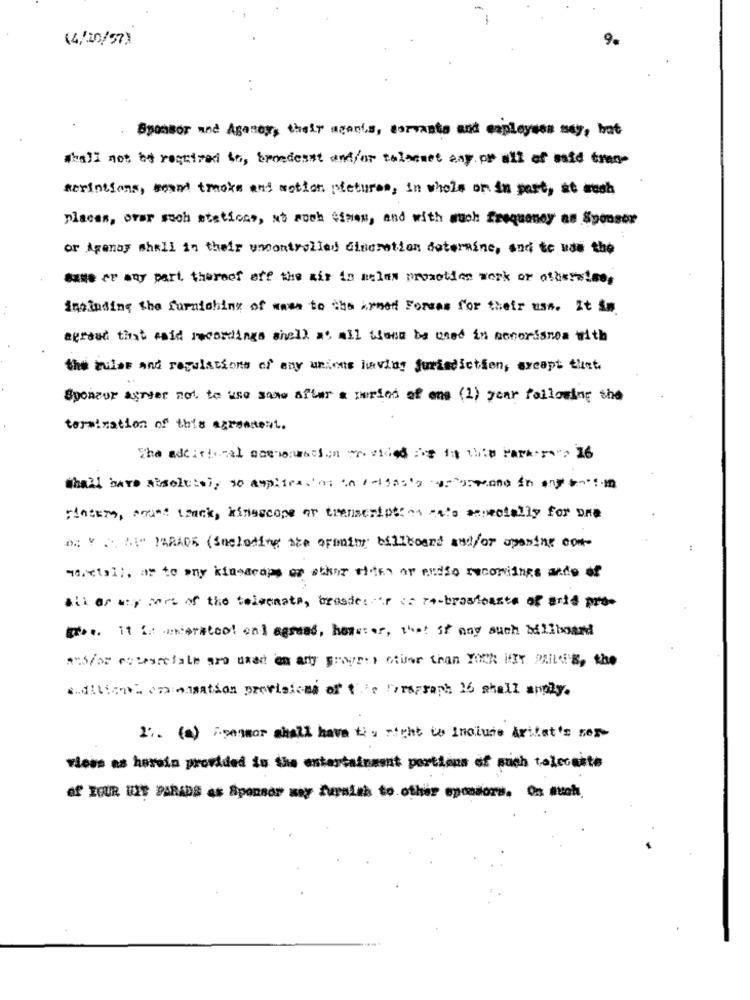
(4/20/57)
9.
Sponsor and Agenor, their agents, corrants and employees may, but
shall not be required to, Erredesst and/or taleenet any or all of mid traq-
serintions, meand tracks and motion pictures, in whole or in part, at wash
placas, orar such stations, No soch times, and with much frequency as Sponsor
or Agenay shell in their uncontrolled dinemotion determine, and to use the
Same er may part thereof off the air in nelen promotion work or otherwise,
Ineinding the furnishing of wass to the armed Formas for their uss. It sa.
egraad that said recordings shell at all those be used in menorisnos with
the rules and regulations of any unions laviny jurisdiction, except thet.
Syonzur agryer not. to use same after a period of ene (1) year following the
termination of this agreement.
The additional mammonmacion - sided De 18 1000 PARA5. 26
shall have absolutely no applications in /eliaslossomeone in any m
vinter, snart thank, kinescope or transcription calo aspecially for Dre
OR VA A MRAOS (Including the orinim; billboard and/or opening com-
sociall. ar to any kinoscope or other sites or audio recordings ando of
All or may part of the teleenats, brosde: r == re-brasfoaste of arts pre-
The. it is understood on] agrend, however, that if any such billboard
AS/os estareiale sro used on arty Freyr: ) etifer than YOUR HEXY PLILLE'E, the
adition. comisation provisions of the Paragraph 16 shall apply.
2 :. (@) Remor shall have the right to inclure Arilet's sep-
Yless as horasin provided is the entertainment portions of such telecasts
of YOUR UIT PARADS As Sponsor may furnish to other sponsors, On euch